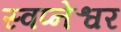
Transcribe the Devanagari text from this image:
स्वप्नेश्वर